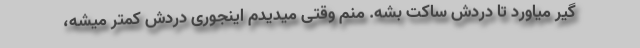
گیر میاورد تا دردش ساکت بشه. منم وقتی میدیدم اینجوری دردش کمتر میشه،